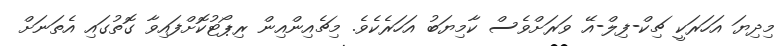
މިދިޔަ އަހަރަކީ ޗިކް-ފިލް-އޭ ވަރަށްވެސް ކާމިޔަބު އަހަރެކެވެ. މިޗެއިންއިން ރިޕޯޓުކޮށްފައިވާ ގޮތުގައި އެތަނަށް